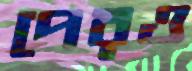
পেরও